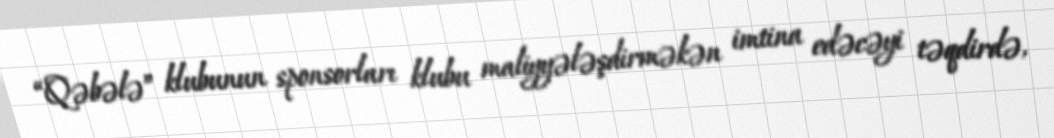
“Qəbələ” klubunun sponsorları klubu maliyyələşdirməkən imtina edəcəyi təqdirdə,